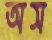
অস